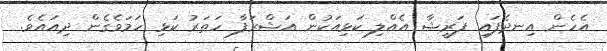
އެހެން އިނދެފައި ފަރީޝާ އެއްލި ކަޅިއަކުން އަޝްރަފާ ހަތަރު ކަޅި ހަމަވެގެން ދިއައެވެ.